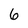
Character: 6